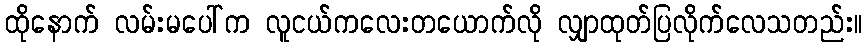
ထိုနောက် လမ်းမပေါ်က လူငယ်ကလေးတယောက်လို လျှာထုတ်ပြလိုက်လေသတည်း။